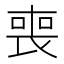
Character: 喪